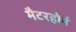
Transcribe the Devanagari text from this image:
मैटरहोर्न